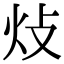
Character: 𤆝